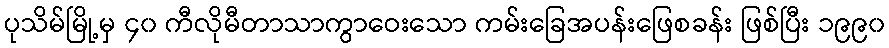
ပုသိမ်မြို့မှ ၄၀ ကီလိုမီတာသာကွာဝေးသော ကမ်းခြေအပန်းဖြေစခန်း ဖြစ်ပြီး ၁၉၉၀